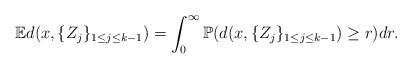
LaTeX: \begin{align*}\mathbb{E}d(x,\{Z_j\}_{1 \leq j \leq k-1}) = \int_{0}^{\infty} \mathbb{P}(d(x,\{Z_j\}_{1 \leq j \leq k-1}) \geq r) dr.\end{align*}